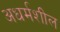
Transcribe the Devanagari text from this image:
अधर्मशील